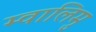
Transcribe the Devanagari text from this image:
म्वालिमु